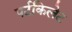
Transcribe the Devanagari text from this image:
पर्टकिलेट